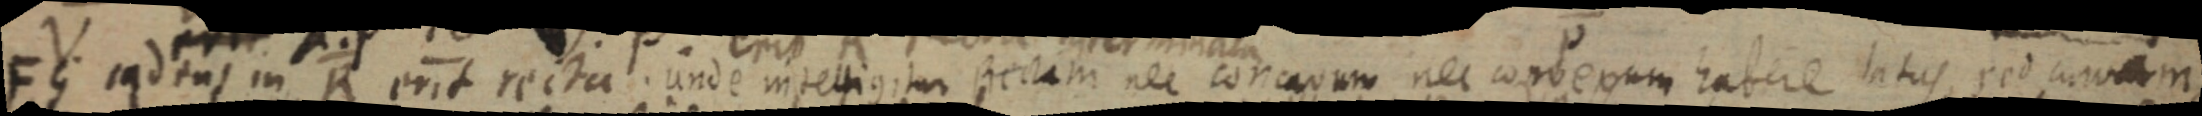
FG cadens in R erit recta. unde intelligitur Rectam nec concavum nec convexum habere latus sed curvam